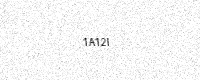
Text: 1A12I